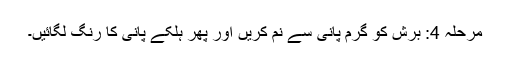
مرحلہ 4: برش کو گرم پانی سے نم کریں اور پھر ہلکے پانی کا رنگ لگائیں۔